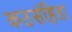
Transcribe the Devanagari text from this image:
कठसंहिता